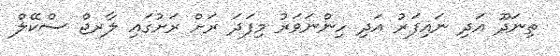
ތިނަދޫ އަދި ނައިފަރު އަދި ހިންނަވަރު މިފަދަ ރަށް ރަށުގައި ލާރޖް ސްކޭލް